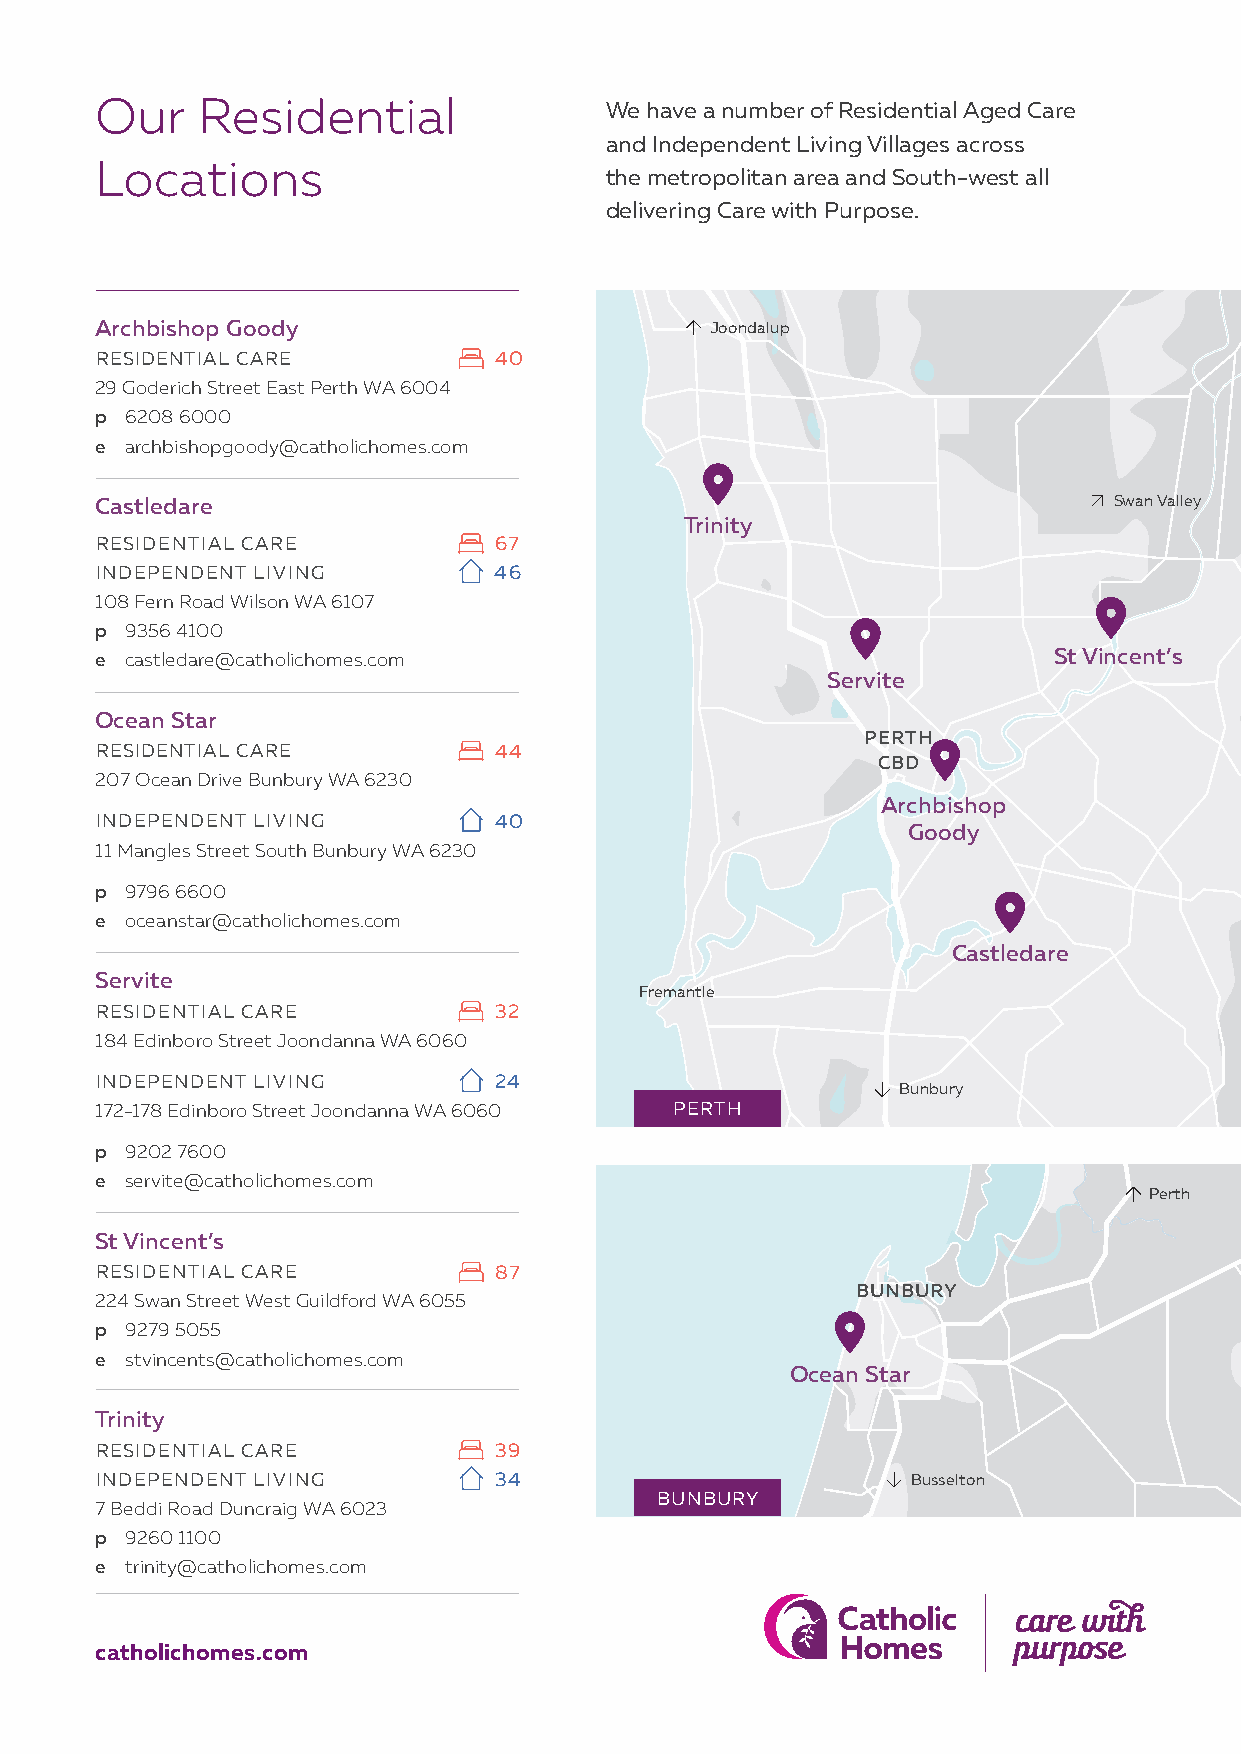
Our    Residential                We have a number of Residential Aged Care
 and Independent Living Villages across
 Locations
 the metropolitan area and South-west all
 delivering Care with Purpose.
 Archbishop Goody                         Joondalup
 RESIDENTIAL CARE           40
 29 Goderich Street East Perth WA 6004
 p 6208 6000
 e archbishopgoody@catholichomes.com
 Castledare                                                          Swan Valley
 Trinity
 RESIDENTIAL CARE           67
 INDEPENDENT LIVING         46
 108 Fern Road Wilson WA 6107
 p 9356 4100
 e castledare@catholichomes.com                                  St Vincent’s
 Servite
 Ocean Star
 PERTH
 RESIDENTIAL CARE           44
 CBD
 207 Ocean Drive Bunbury WA 6230
 Archbishop
 INDEPENDENT LIVING         40
 Goody
 11 Mangles Street South Bunbury WA 6230
 p 9796 6600
 e oceanstar@catholichomes.com
 Castledare
 Servite
 Fremantle
 RESIDENTIAL CARE           32
 184 Edinboro Street Joondanna WA 6060
 INDEPENDENT LIVING         24
 Bunbury
 172-178 Edinboro Street Joondanna WA 6060 PERTH
 p 9202 7600
 e servite@catholichomes.com
 Perth
 St Vincent’s
 RESIDENTIAL CARE           87
 BUNBURY
 224 Swan Street West Guildford WA 6055
 p 9279 5055
 e stvincents@catholichomes.com
 Ocean Star
 Trinity
 RESIDENTIAL CARE           39
 INDEPENDENT LIVING         34                         Busselton
 BUNBURY
 7 Beddi Road Duncraig WA 6023
 p 9260 1100
 e trinity@catholichomes.com
 catholichomes.com